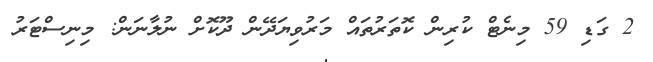
2 ގަޑި 59 މިނެޓް ކުރިން ކޮތަރުތައް މަރުވިޔަދޭން ދޫކޮށް ނުލާނަން: މިނިސްޓަރު